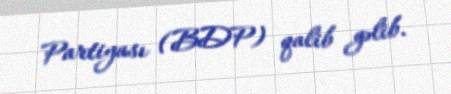
Partiyası (BDP) qalib gəlib.